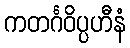
ကတင်္ဂဝိပ္ပဟီနံ